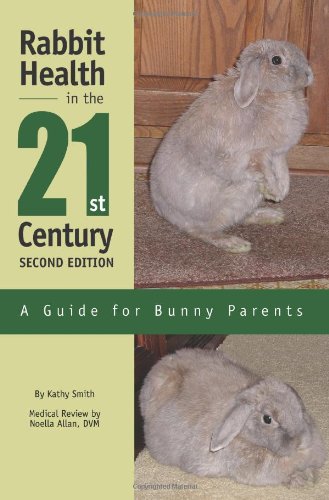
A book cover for Rabbit Health in the 21st Century Second Edition: A Guide for Bunny Parents; Kathryn Smith; Crafts, Hobbies & Home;